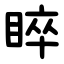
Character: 睟